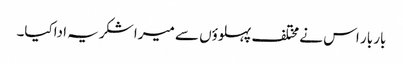
بار بار اس نے مختلف پہلوؤں سے میرا شکریہ اداکیا۔